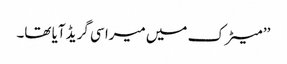
’’ میٹرک میں میرا سی گریڈ آیا تھا۔